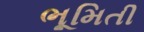
ભૂમિતી